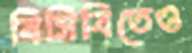
বিসিবিতেও